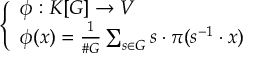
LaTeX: \left\{ \begin{array} { l l } { \phi : K [ G ] \to V } \\ { \phi ( x ) = { \frac { 1 } { \# G } } \sum _ { s \in G } s \cdot \pi ( s ^ { - 1 } \cdot x ) } \end{array} \right.